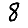
Digit: 8